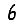
Digit: 6